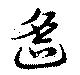
遙